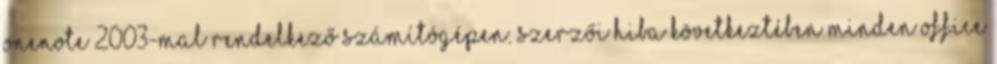
OneNote 2003-mal rendelkező számítógépen. Szerzői hiba következtében minden Office